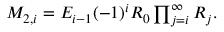
\begin{array} { r } { M _ { 2 , i } = E _ { i - 1 } ( - 1 ) ^ { i } R _ { 0 } \prod _ { j = i } ^ { \infty } R _ { j } . } \end{array}